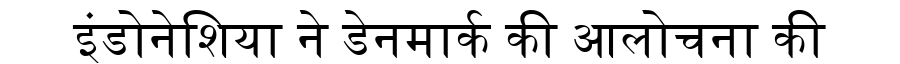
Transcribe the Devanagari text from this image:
इंडोनेशिया ने डेनमार्क की आलोचना की